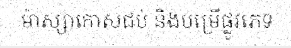
ម៉ាស្សាកោសជប់ និងបម្រើផ្លូវភេទ